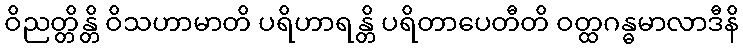
ဝိညတ္တိန္တိ ဝိသဟာမာတိ ပရိဟာရန္တိ ပရိတာပေတီတိ ဝတ္ထဂန္ဓမာလာဒီနိ